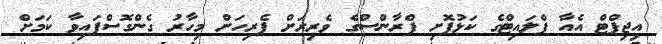
އިޖިޕްޓް އެއާ ފްލައިޓްގެ ކަޅުފޮށި ފްރާންސްގެ ވެރިރަށް ޕެރިހަށް މިހާރު ގެންގޮސްފައިވާ ކަމަށް